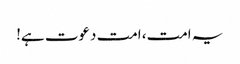
یہ امت، امت دعوت ہے!